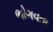
ભોગવતા